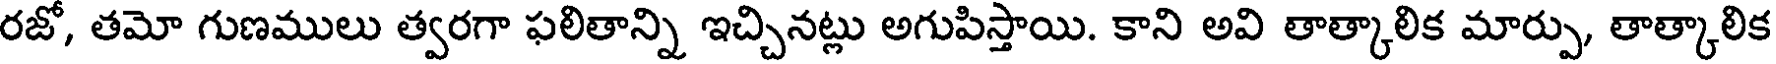
రజో, తమో గుణములు త్వరగా ఫలితాన్ని ఇచ్చినట్లు అగుపిస్తాయి. కాని అవి తాత్కాలిక మార్పు, తాత్కాలిక